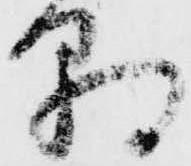
朝